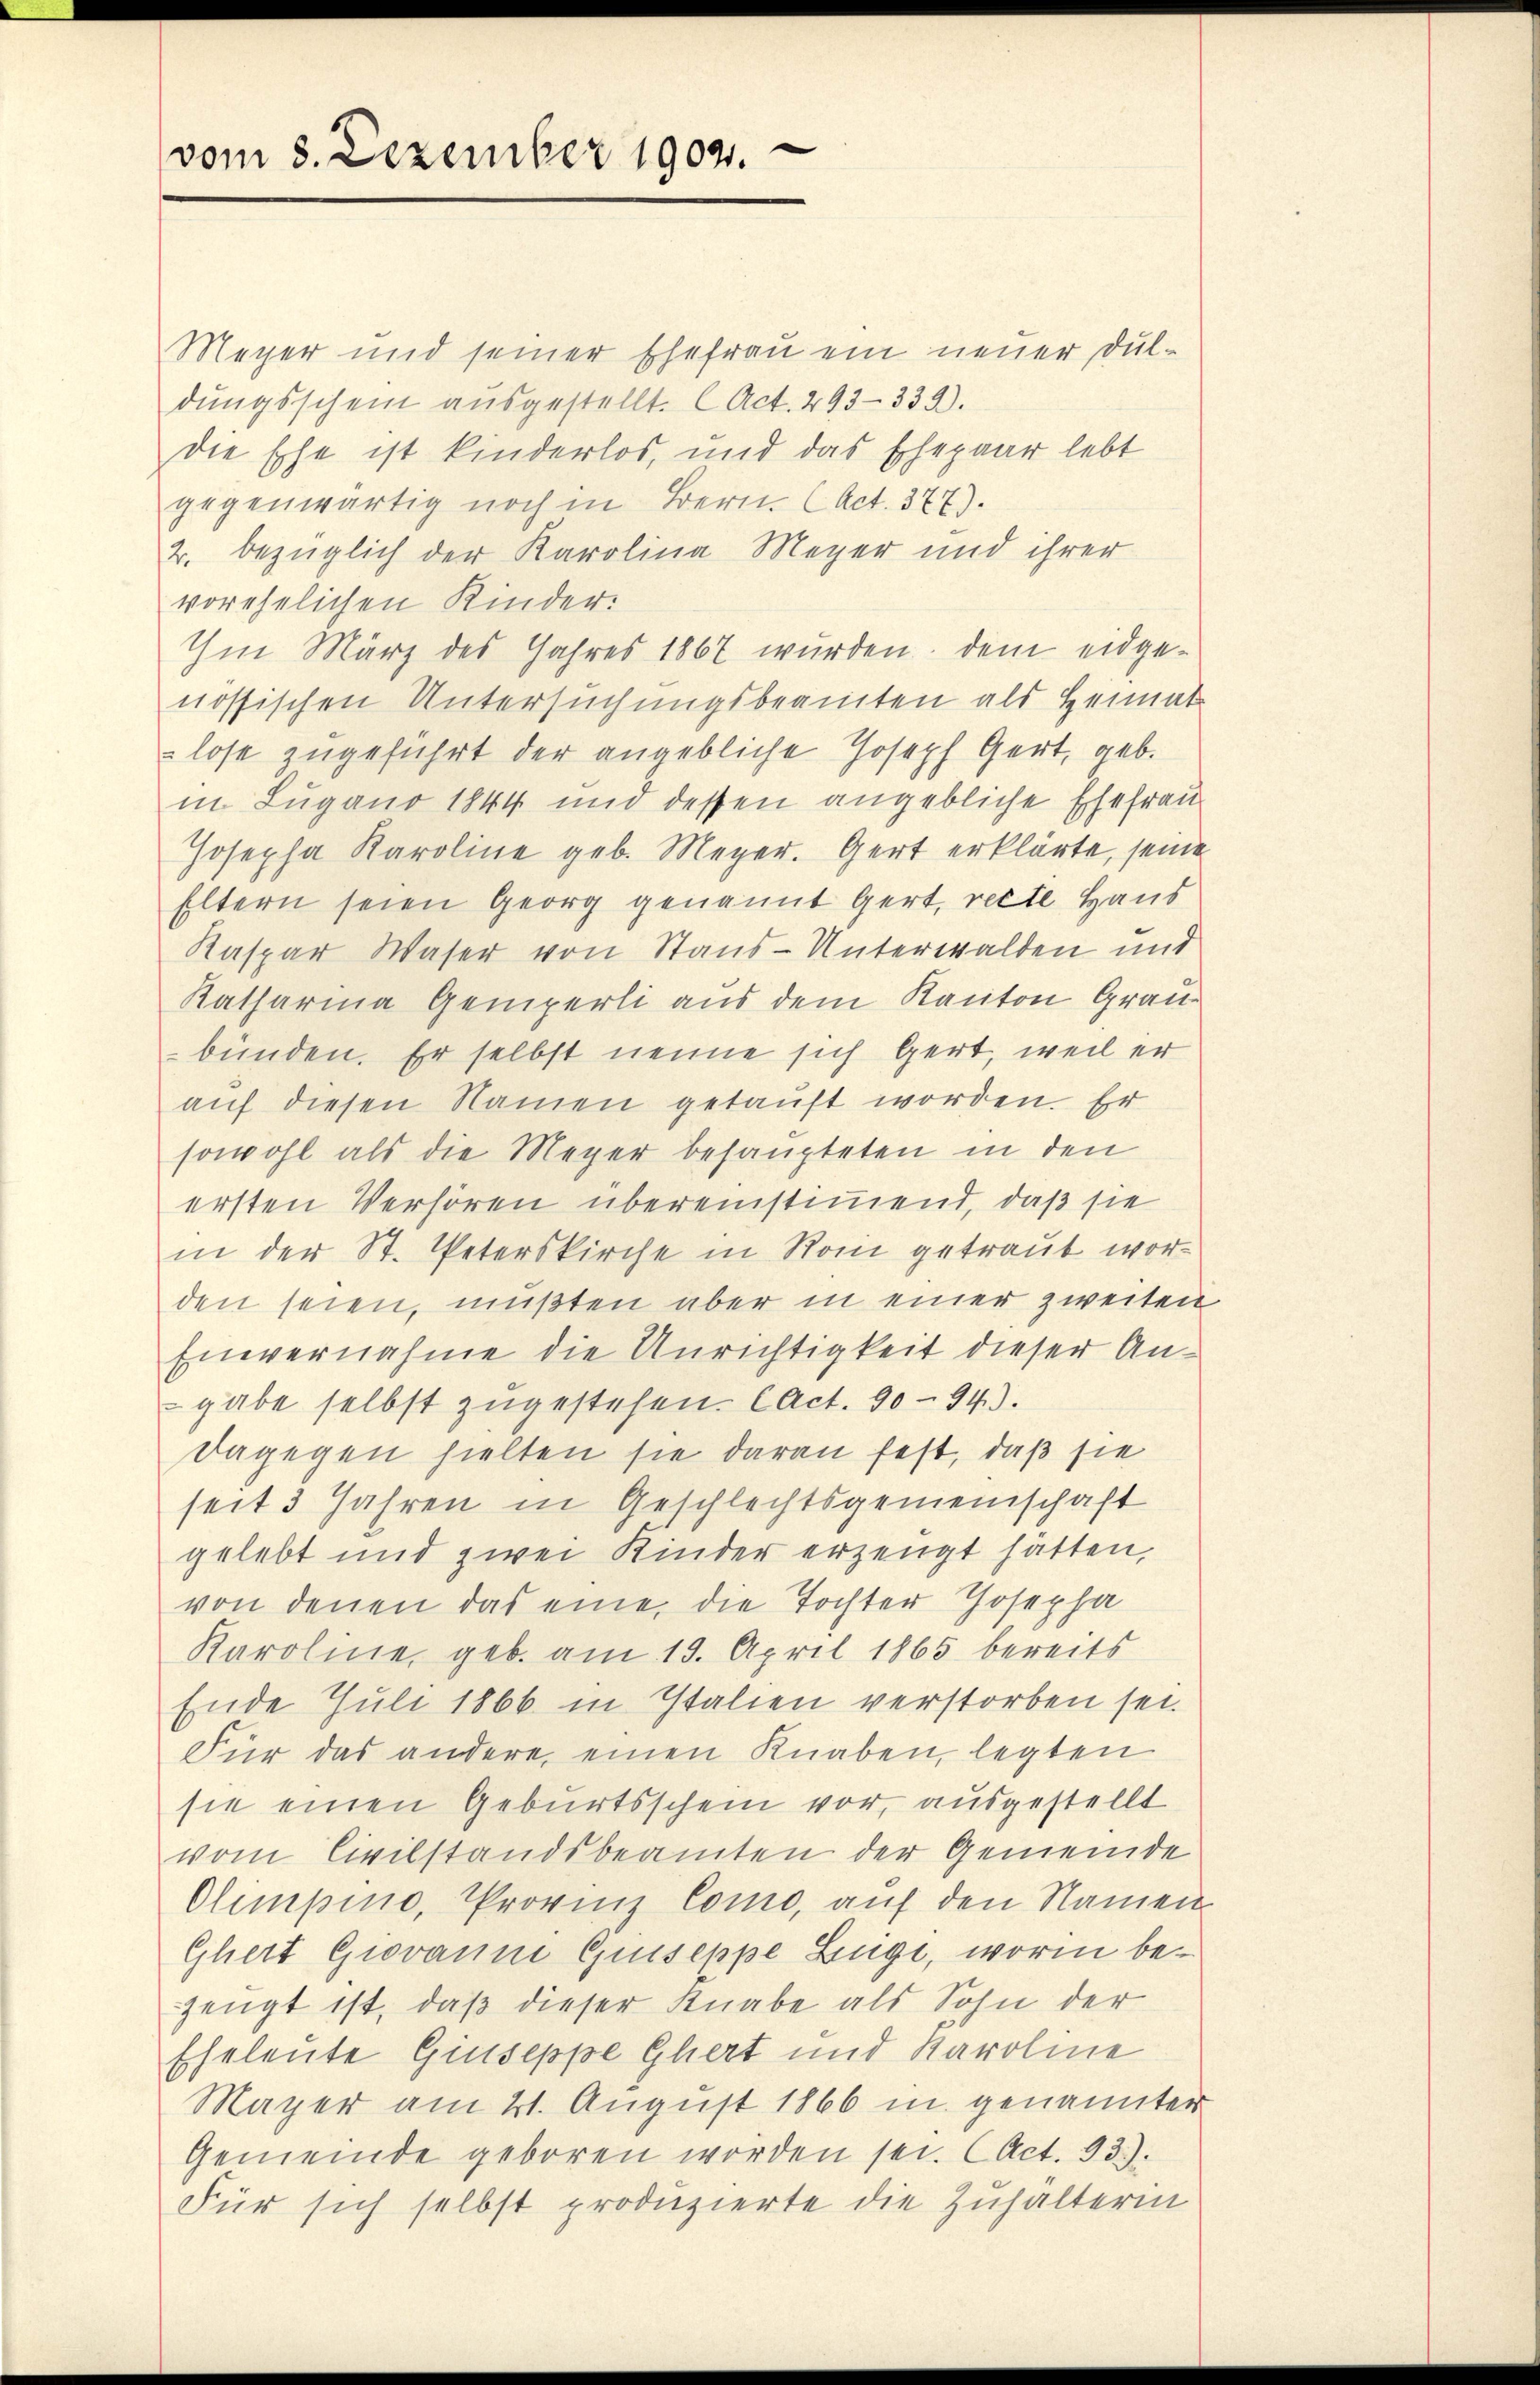
vom 8. Dezember 1904.

Meyer und seiner Ehefrau ein neuer Duldŭngsschein aŭsgestellt. Act. 293-339).
die Ehe ist kinderlos, und das Ehepaar lebt
gegenwärtig noch in Bern. (Act. 377).
2. bezüglich der Karolina Meyer und ihrer
vorehelichen Kinder:
Im März des Jahres 1867 wurden, dem eidgenössischen Untersuchungsbeamten als Heimat
lose zugeführt der angebliche Joseph Gert, geb.
in Lugano 1844 und dessen angebliche Ehefrau
Josepha Karoline geb. Meyer. Gert erklärte, seine
Eltern seien Georg genannt Gert, rette Hand
Kaspar Waser von Stans-Unterwalden und
Katharina Gemperli aus dem Kanton Graubünden. Er selbst nenne sich gert, weil er
auf diesen Namen getauft worden. Er
sowohl als die Meyer behaupteten in den
ersten Verhören übereinstimmend, daß sie
in der St. Peterskirche in Rom getraut worden seien, mußten aber in einer zweiten
Einvernahme die Unrichtigkeit dieser Angabe selbst zugestehen. (Act. 90943.
Dagegen hielten sie daran fest, daß sie
seit 3 Jahren in Geschlechtsgemeinschaft
gelebt und zwei Kinder erzeugt hätten,
von denen das eine die Tochter Josepha
Karolie, geb. am 19. April 1865 bereits
Ende Juli 1866 in Italien verstorben sei.
Für das andere, einen Knaben, legten
sie einen Geburtsschein vor, ausgestellt
vom Civilstandsbeamten der Gemeinde
Olempino, Provinz Como, auf den Namen
Ghert Giovanne Giuseppe Lüge, worin bezeugt ist, daß dieser Knabe als Sohn der
Eheleute Giuseppe Gliert und Karoline
Mayer am 21. August 1866 in genannter
Gemeinde geboren worden sei. (Act. 93.).
Für sich selbst produzierte die Zuhälterin